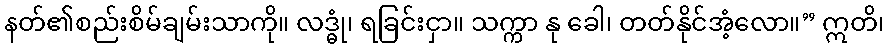
နတ်၏စည်းစိမ်ချမ်းသာကို။ လဒ္ဓုံ၊ ရခြင်းငှာ။ သက္ကာ နု ခေါ၊ တတ်နိုင်အံ့လော။” ဣတိ၊